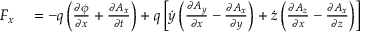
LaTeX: \begin{array} { r l } { F _ { x } } & { { } = - q \left( { \frac { \partial \phi } { \partial x } } + { \frac { \partial A _ { x } } { \partial t } } \right) + q \left[ { \dot { y } } \left( { \frac { \partial A _ { y } } { \partial x } } - { \frac { \partial A _ { x } } { \partial y } } \right) + { \dot { z } } \left( { \frac { \partial A _ { z } } { \partial x } } - { \frac { \partial A _ { x } } { \partial z } } \right) \right] } \end{array}